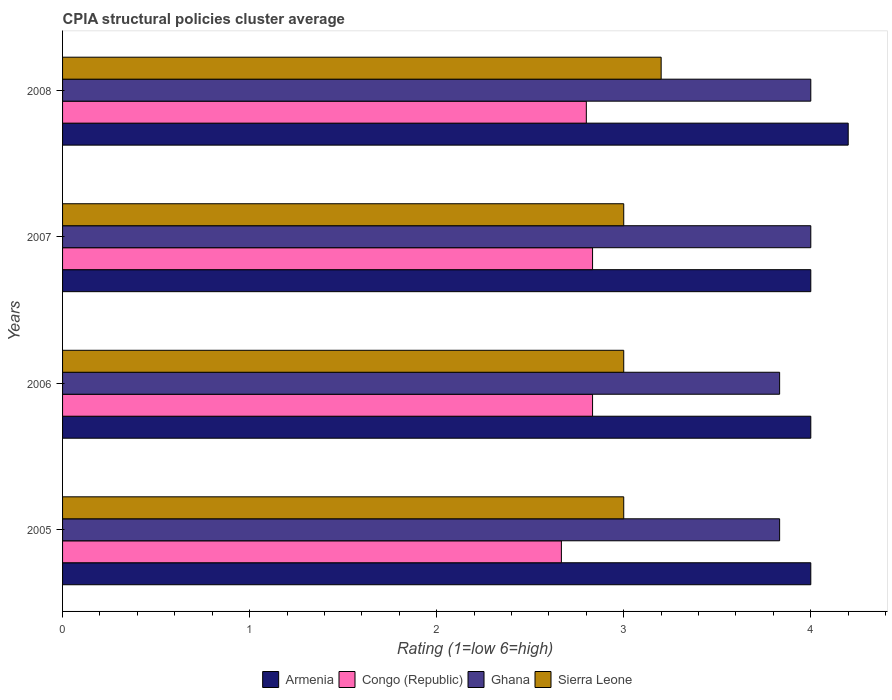
| Years | Armenia | Congo (Republic) | Ghana | Sierra Leone |
 | --- | --- | --- | --- | --- |
 | 2005 | 4 | 2.67 | 3.83 | 3 |
 | 2006 | 4 | 2.83 | 3.83 | 3 |
 | 2007 | 4 | 2.83 | 4 | 3 |
 | 2008 | 4.2 | 2.8 | 4 | 3.2 |